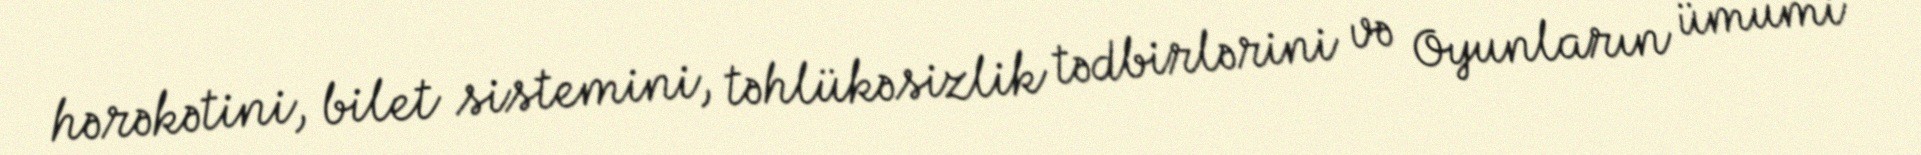
hərəkətini, bilet sistemini, təhlükəsizlik tədbirlərini və Oyunların ümumi